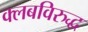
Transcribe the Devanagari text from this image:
क्लबविरुद्ध